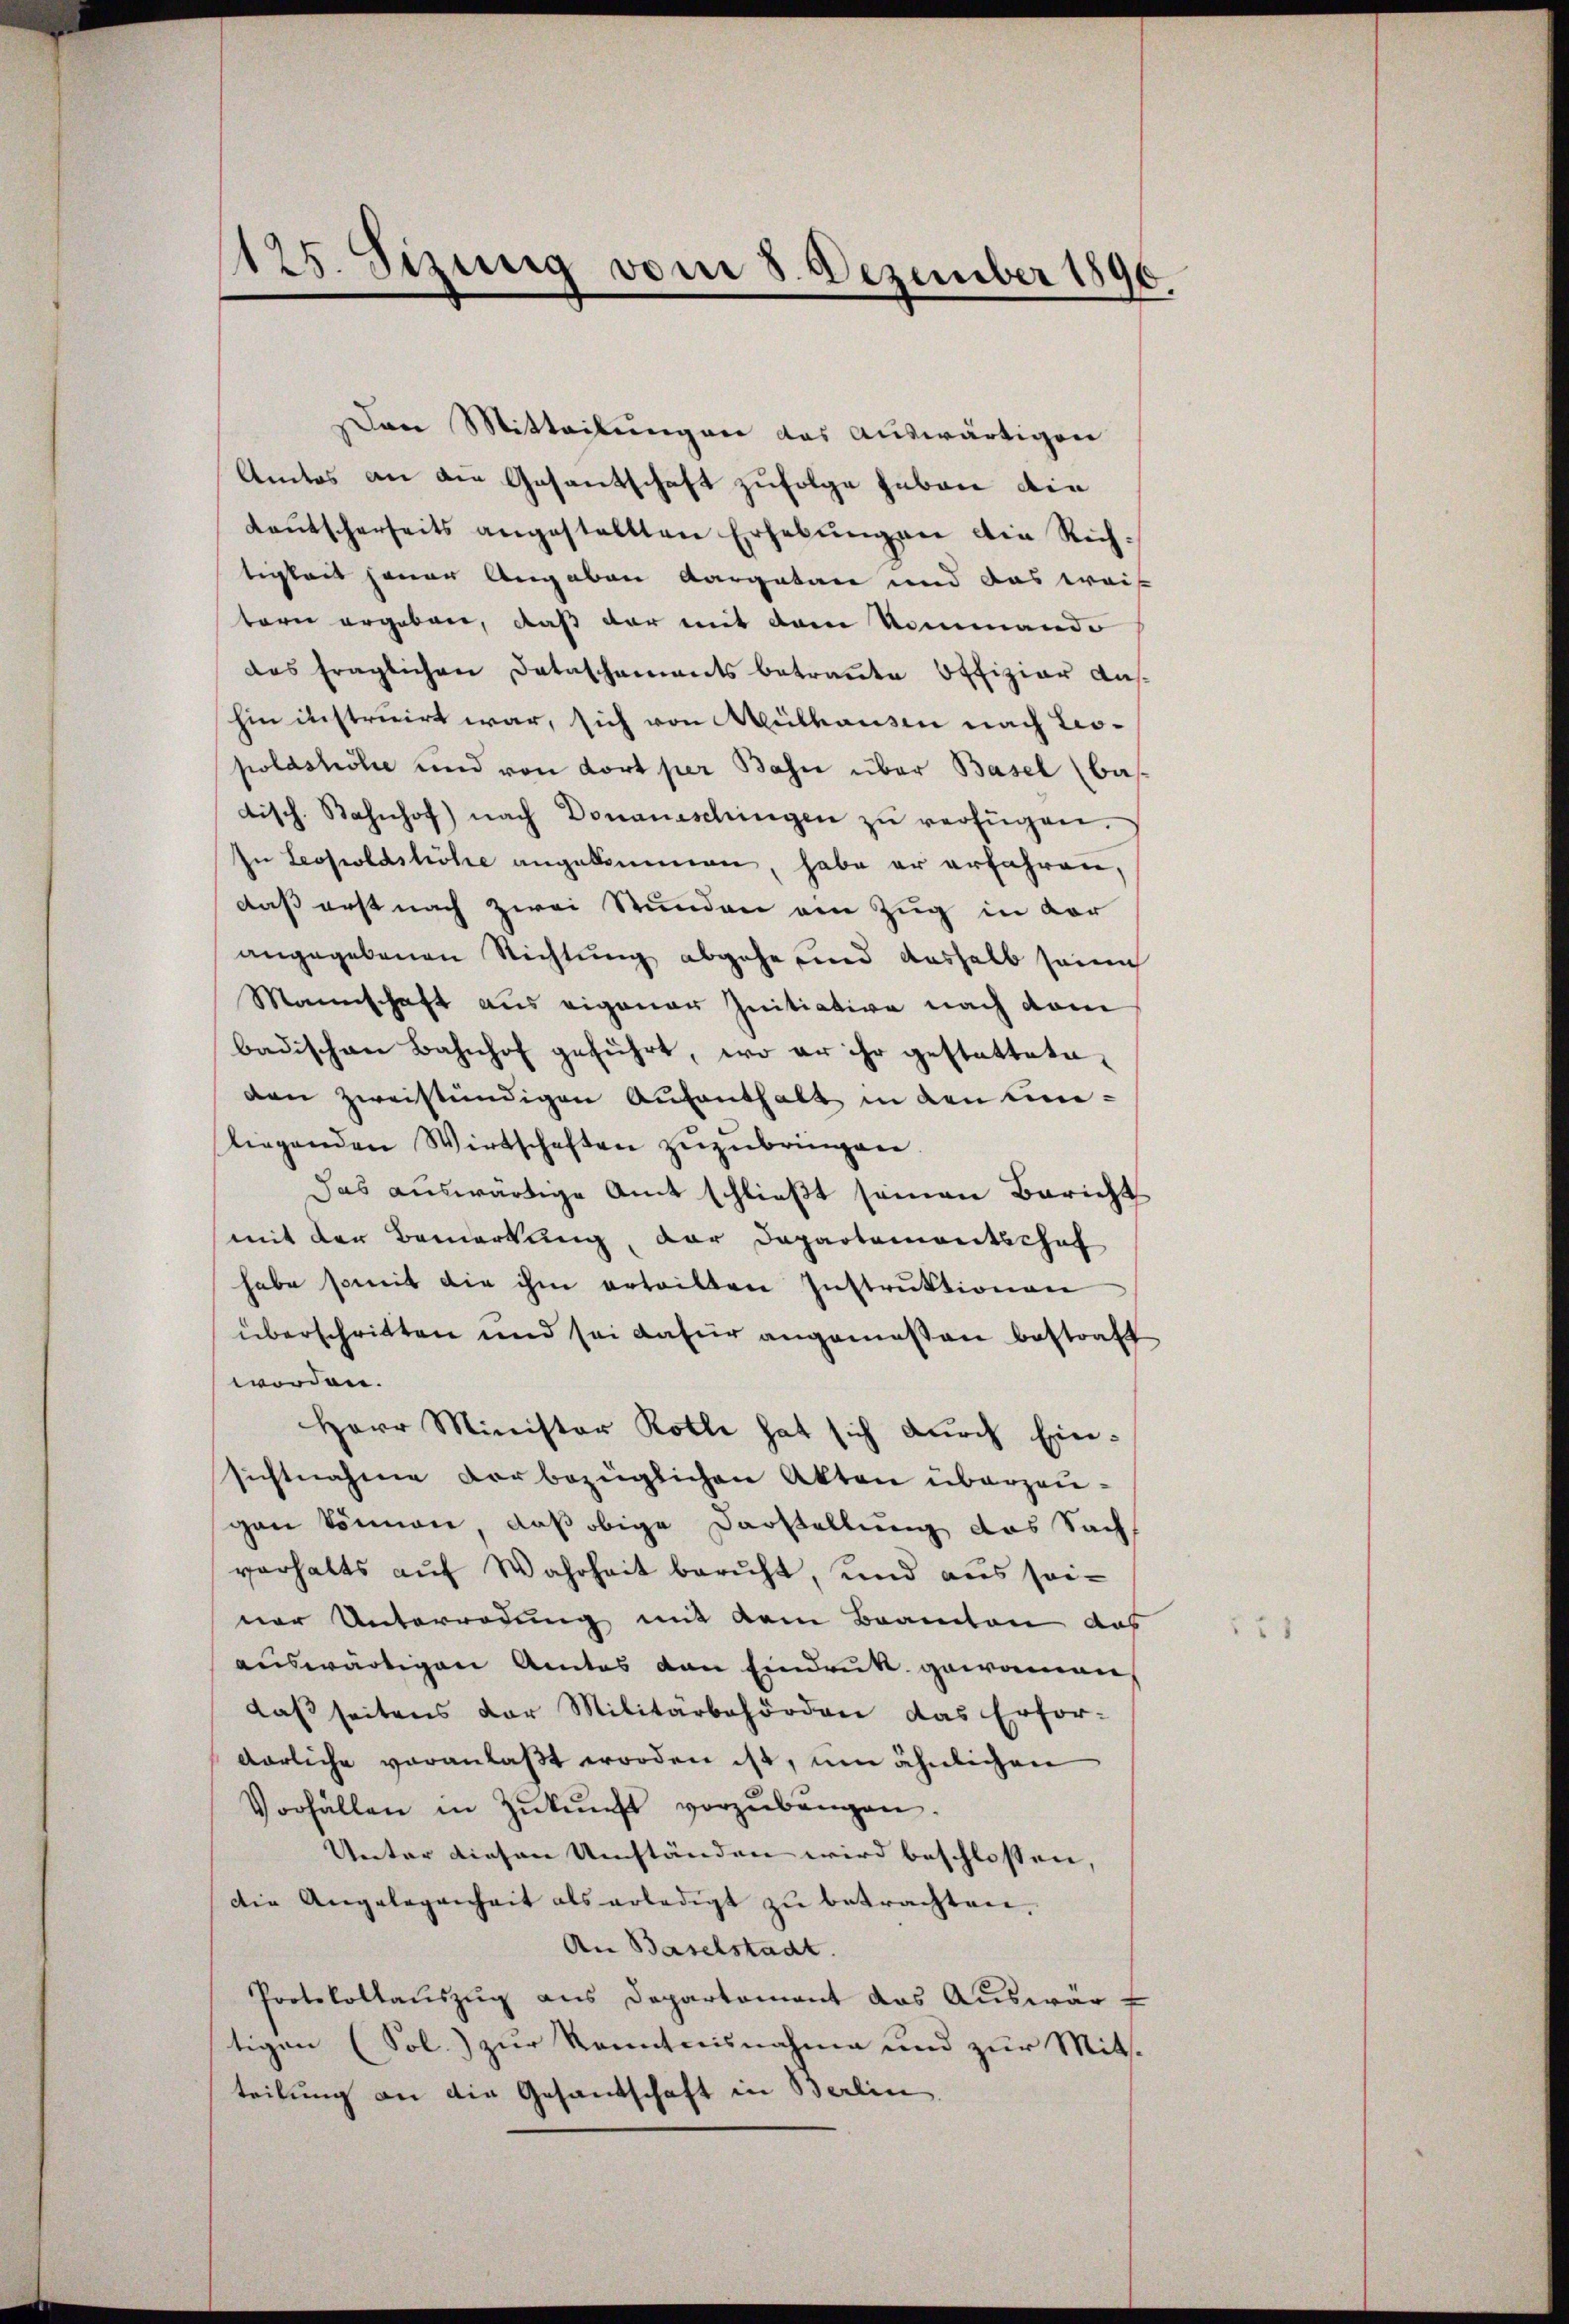
125. Sizung vom 8. Dezember 1890.

Den Mitteilungen das auswärtigen
Amtos an die Gesantschaft zufolge geben die
deŭtscherseits angestellten Erhebŭngen die Richtigkeit jener Angaben Aargatare und das weis
tern ergeben, daß der mit dem Kommando
das fraglichen Detaschements betraute Offiziar Aushin instruirt war, sich von Mülhausen nach Leopolastiche und von dort per Bahn über Basel (bas.
tisch. Bahnhof nach Donaueschingen zŭ verfügen.
In Leopoldstiche angekommen, habe er erfahren,
daß erst nach zwei Stunden ein Zug in vor
angegebenen Richtung abgehe und aushalb seine
Mannschaft aus eigener Initiative nach dam
badischen Bahnhof geführt, wo er ihr gestattete
den zweistündigen Aufenthalt in den unliegenden Wirtschaften zŭzŭbringen.
Das auswärtige Amt schließt seinen Bericht
mit der Bemerkung, der Departementschaf
habe somit die ihm erteilten Instrŭktionen
überschritten und sei dafür angemeßen bestraft
worden.
Herr Minister Rothe hat sich durch Ein-
sichtnahme vorbezüglichen Akten überzeugen können, daß obige Darstellung das Sach
verhalts auf Wahrheit beruht, und aus seiner Unterredung mit dem Beamten aus
auswärtigen Amtes den Eindruk gewonnen,
daβ seitens der Militärbehörden das Erfor-
darliche veranlaßt worden ist, um ähnlichen
Vorfällen in Zŭkŭnft vorzŭbangen.
Unter diesen Umständen wird beschlossen,
die Angelegenheit als erledigt zu betrachten.
An Baselstadt.
Protokollauszug aus Departement das Auswarf
tigen (Sol.) zur Kenntnisnahme und zur Mitteilung an die Gesandschaft in Berlin.